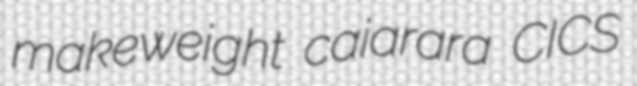
makeweight caiarara CICS